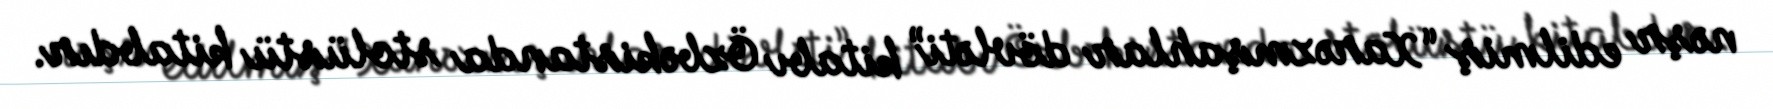
nəşr edilmiş “Xarəzmşahlar dövləti” kitabı Özbəkistanda stolüstü kitabdır.